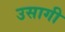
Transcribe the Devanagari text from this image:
उसागी